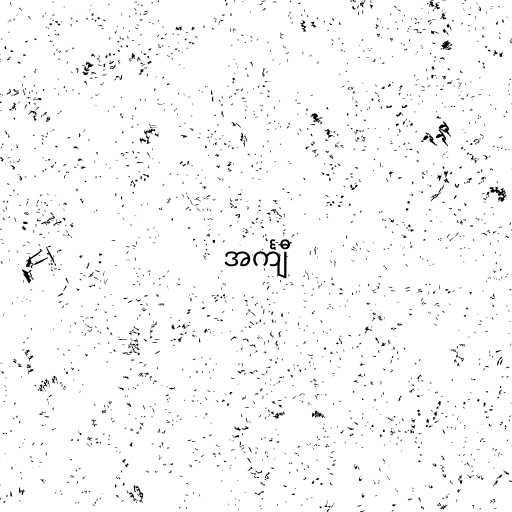
အင်္ကျီ